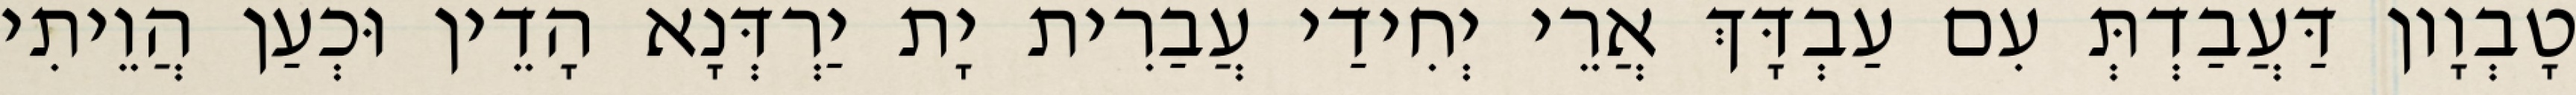
טָבְוָון דַּעֲבַדְתְּ עִם עַבְדָּךְ אֲרֵי יְחִידַי עֲבַרִית יָת יַרְדְּנָא הָדֵין וּכְעַן הֲוֵיתִי